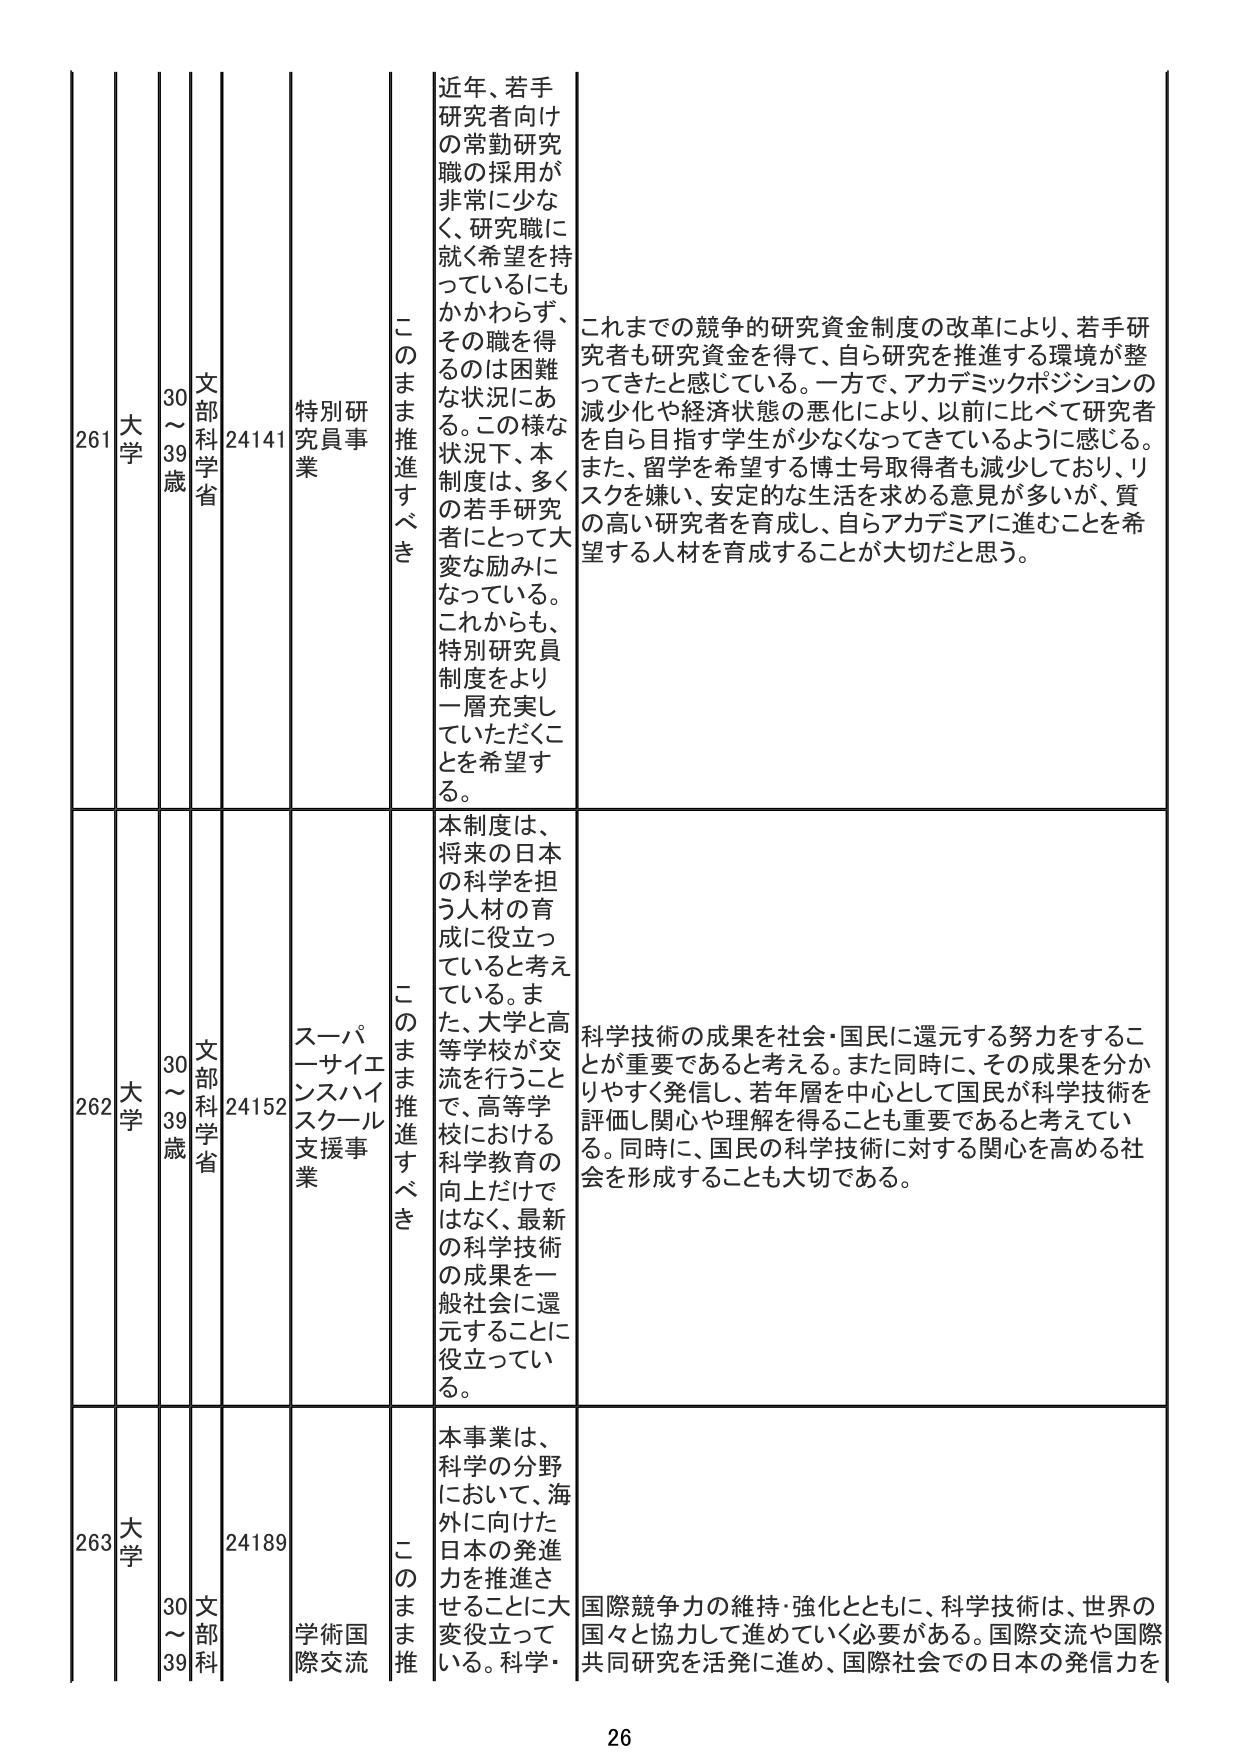
261 大学 30～39歳 文部科学省 24141 特別研究員事業 このまま推進すべき 近年、若手研究者向けの常勤研究職の採用が非常に少なく、研究職に就く希望を持っていてもかかわらず、その職を得るのは困難な状況にある。この様な状況下、本制度は、多くの若手研究者にとって大変な励みになっている。これからも、特別研究員制度をより一層充実していただくことを希望する。 これまでの競争的研究資金制度の改革により、若手研究者も研究資金を得て、自ら研究を推進する環境が整ってきたと感じている。一方で、アカデミックポジションの減少化や経済状態の悪化により、以前に比べて研究者を自ら目指す学生が少なくなってきているように感じる。また、留学を希望する博士号取得者も減少しており、リスクを嫌い、安定的な生活を求める意見が多いが、質の高い研究者を育成し、自らアカデミアに進むことを希望する人材を育成することが大切だと思う。

262 大学 30～39歳 文部科学省 24152 スーパーサイエンスハイスクール支援事業 このまま推進すべき 本制度は、将来の日本の科学を担う人材の育成に役立っていると考えている。また、大学と高等学校が交流を行うことで、高等学校における科学教育の向上だけではなく、最新の科学技術の成果を一般社会に還元することに役立っている。 科学技術の成果を社会・国民に還元する努力をすることが重要であると考える。また同時に、その成果を分かりやすく発信し、若年層を中心として国民が科学技術を評価し関心や理解を得ることも重要であると考えている。同時に、国民の科学技術に対する関心を高める社会を形成することも大切である。

263 大学 30～39歳 文部科 24189 学術国際交流 このまま推 本事業は、科学の分野において、海外に向けた日本の発進力を推進させることに大変役立っている。科学・ 国際競争力の維持・強化とともに、科学技術は、世界の国々と協力して進めていく必要がある。国際交流や国際共同研究を活発に進め、国際社会での日本の発信力を

26